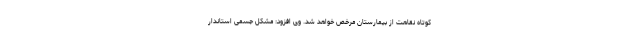
کوتاه نقاهت از بیمارستان مرخص خواهد شد. وی افزود: مشکل جسمی استاندار